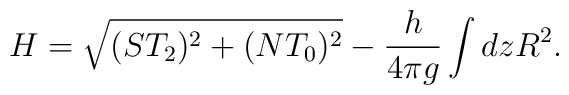
H=\sqrt{(ST_2)^2+(NT_0)^2}-\frac{h}{4\pi g}\int dz R^2.